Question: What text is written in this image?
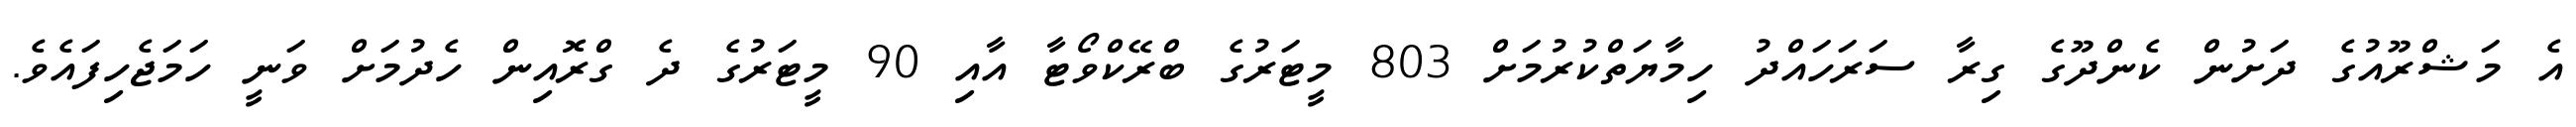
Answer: އެ މަޝްރޫއުގެ ދަށުން ކެންދޫގެ ގިރާ ސަރަހައްދު ހިމާޔަތްކުރުމަށް 803 މީޓަރުގެ ބްރޭކްވޯޓާ އާއި 90 މީޓަރުގެ ދެ ގްރޮއިން ހެދުމަށް ވަނީ ހަމަޖެހިފައެވެ.